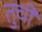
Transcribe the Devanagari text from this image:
तुची